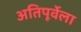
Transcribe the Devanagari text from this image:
अतिपूर्वेला